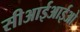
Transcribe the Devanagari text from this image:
सीआईआईओ